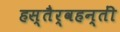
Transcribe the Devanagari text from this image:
हस्तैर्वहन्तीं